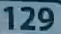
129